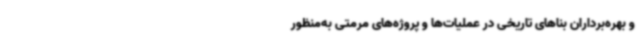
و بهره‌برداران بناهای تاریخی در عملیات‌ها و پروژه‌های مرمتی به‌منظور